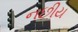
નછીય